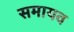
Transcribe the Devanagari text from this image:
समायव